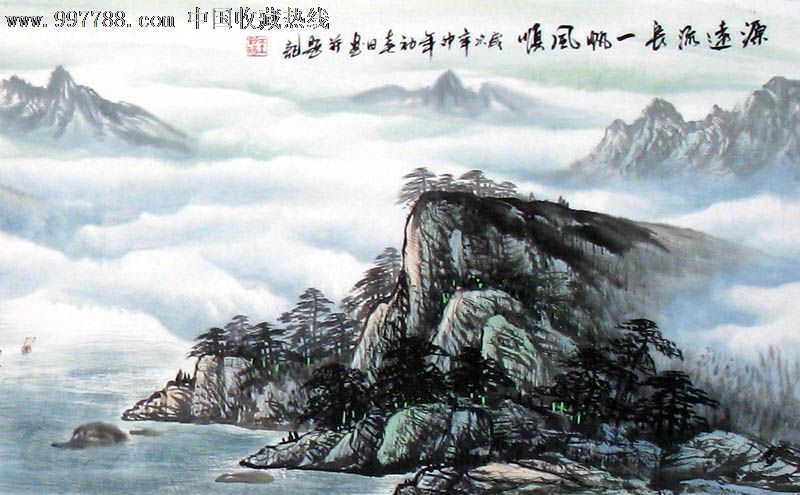
以近知远，以一知万，以微知明。